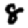
Digit: 8